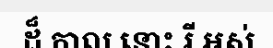
ដ៏ កាល នោះ រី អស់